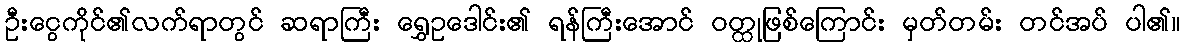
ဦးငွေကိုင်၏လက်ရာတွင် ဆရာကြီး ရွှေဥဒေါင်း၏ ရန်ကြီးအောင် ဝတ္ထုဖြစ်ကြောင်း မှတ်တမ်း တင်အပ် ပါ၏။